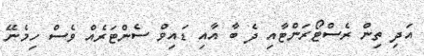
އަދި ތިން ރެސްޓޯރަންޓާއި ދެ ބާ އާއި ޑައިވް ސެންޓަރެއް ވެސް ހިމެނޭ